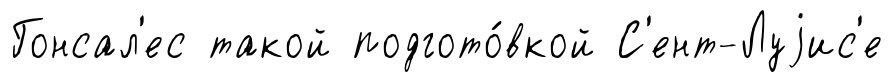
Гонсал'ес такой подгото́вкой С'ент-Луjис'е